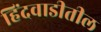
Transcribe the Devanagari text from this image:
हिंदवाडीतील